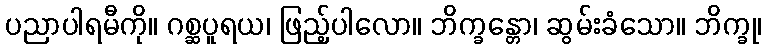
ပညာပါရမီကို။ ဂစ္ဆပူရယ၊ ဖြည့်ပါလော။ ဘိက္ခန္တော၊ ဆွမ်းခံသော။ ဘိက္ခု၊